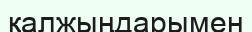
қалжыңдарымен